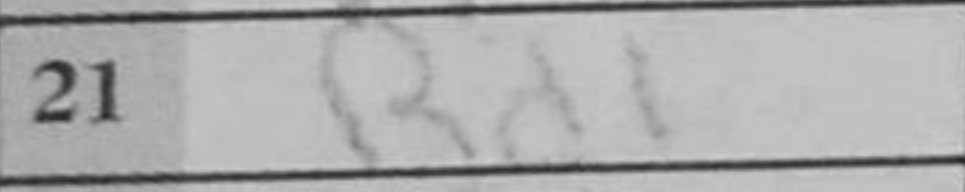
Transcription: Rd1